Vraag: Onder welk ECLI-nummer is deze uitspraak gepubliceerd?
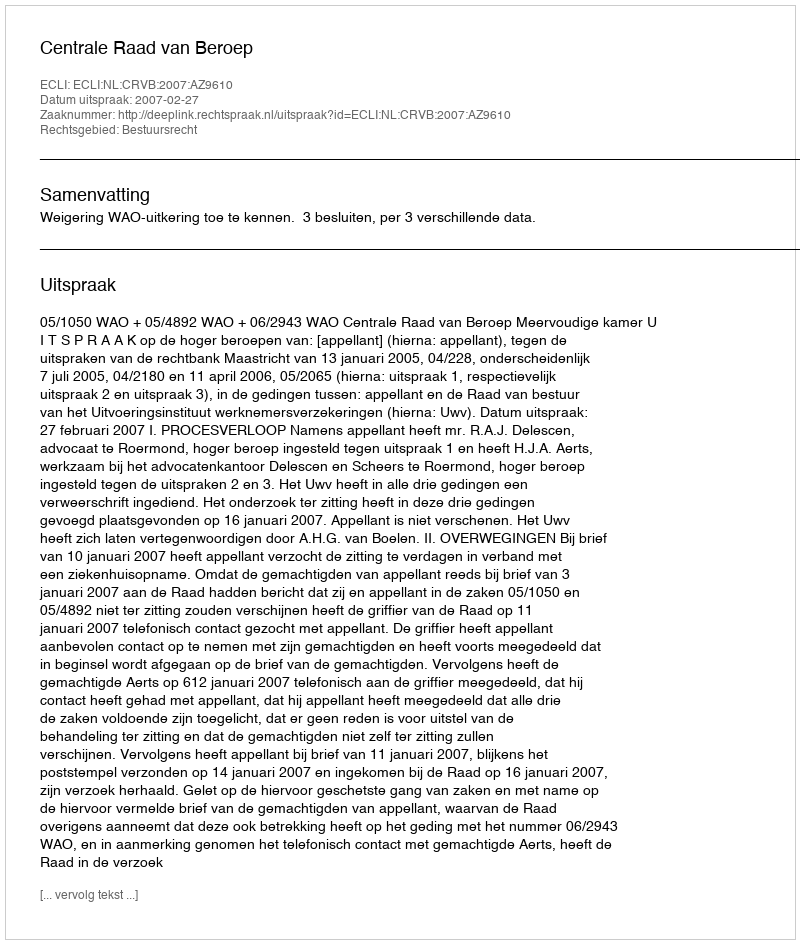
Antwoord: ECLI:NL:CRVB:2007:AZ9610